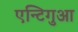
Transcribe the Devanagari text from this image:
एन्टिगुआ